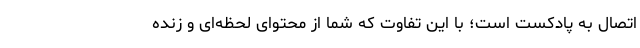
اتصال به پادکست است؛ با این تفاوت که شما از محتوای لحظه‌ای و زنده